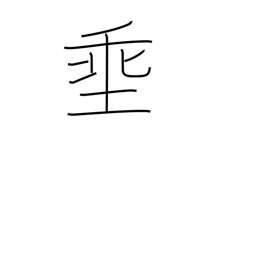
Meaning: let down